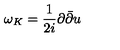
\omega _ { K } = \frac { 1 } { 2 i } \partial { \bar { \partial } } u